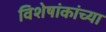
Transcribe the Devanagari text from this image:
विशेषांकांच्या